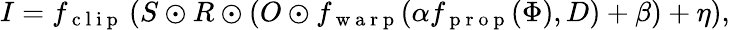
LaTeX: I=f_{\mathrm{~c~l~i~p~}}\left(S\odot R\odot\left(O\odot f_{\mathrm{~w~a~r~p~}}(\alpha f_{\mathrm{~p~r~o~p~}}(\Phi),D)+\beta\right)+\eta\right),